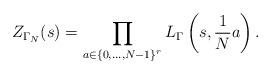
LaTeX: \begin{align*} Z_{\Gamma_{N}}(s) = \prod_{a\in \{ 0, \dots, N-1\}^{r}} L_{\Gamma}\left( s, \frac{1}{N}a\right).\end{align*}